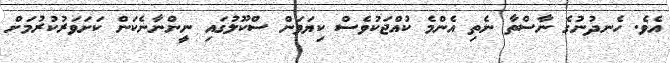
އެވެ. ހެނދުނުގެ ނާސްތާ ނެތި އެންމެ ކުއްޖަކުވެސް ކިޔަވަން ސްކޫލުގައި ނީންނާނެކަން ކަށަވަރުކުރުމަށް